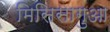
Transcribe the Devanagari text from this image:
मिसिसागुआ